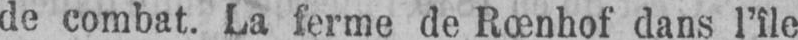
de combat. La ferme de Rœnhof dans l’île